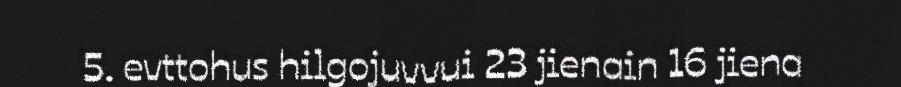
5. evttohus hilgojuvvui 23 jienain 16 jiena